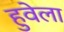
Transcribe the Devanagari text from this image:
हुवेला